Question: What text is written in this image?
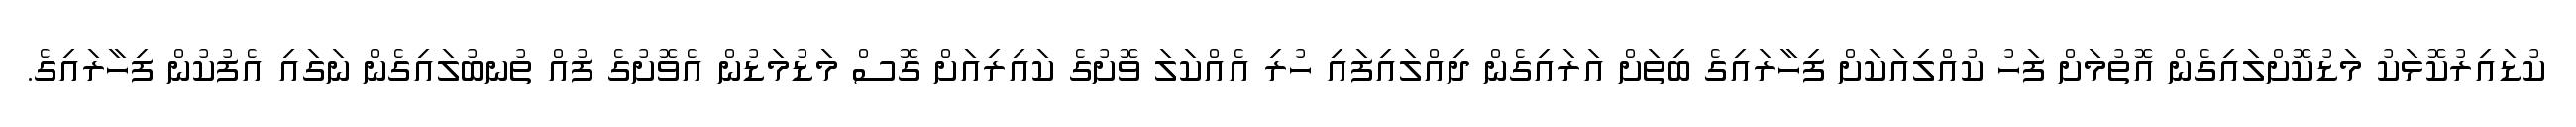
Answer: ކުޑައިރުކޮޅަކު މަޑުކޮށްލައިގެން އޮތުމަށް ފަހު ކުއްލިއަކަށް ފިހާރައިގެ ބިތަށް އަރައިގެން ދިއްލައިފައި ހުރި އެއްކަލަ ވޮށުގެ ކައިރިއަށް ގޮސް މަޑުމަޑުން އެވޮށުގެ ފުއް ތުނބުލައިގެން ނަގައި އެފުކުން ފިހާރައިގެ.